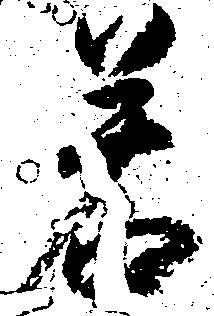
若